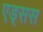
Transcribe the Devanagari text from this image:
एड्सस